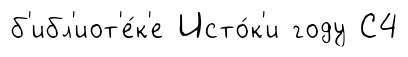
б'ибл'иот'е́к'е Исто́к'и году С4